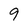
Character: 9